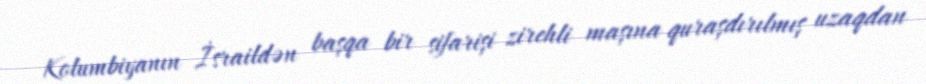
Kolumbiyanın İsraildən başqa bir sifarişi zirehli maşına quraşdırılmış uzaqdan